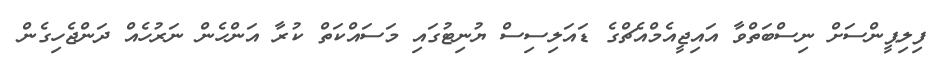
ފިލިޕީންސަށް ނިސްބަތްވާ އައިޖީއެމްއެޗްގެ ޑައަލިސިސް ޔުނިޓުގައި މަސައްކަތް ކުރާ އަންހެން ނަރުހެއް ދަންޖެހިގެން